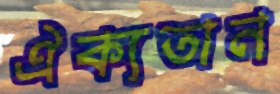
ঐক্যতান